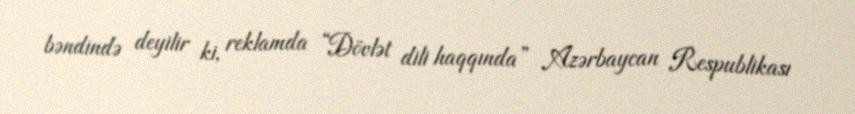
bəndində deyilir ki, reklamda “Dövlət dili haqqında” Azərbaycan Respublikası